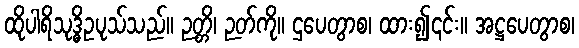
ထိုပါရိသုဒ္ဓိဥပုသ်သည်။ ဉတ္တိ၊ ဉတ်ကို။ ဌပေတွာစ၊ ထား၍၎င်း။ အဋ္ဌပေတွာစ၊